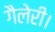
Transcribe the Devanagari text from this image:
गैलेरी।